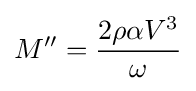
M''={\frac {2\rho \alpha V^{3}}{\omega }}